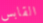
القابس